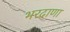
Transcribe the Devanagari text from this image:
भरदाणा